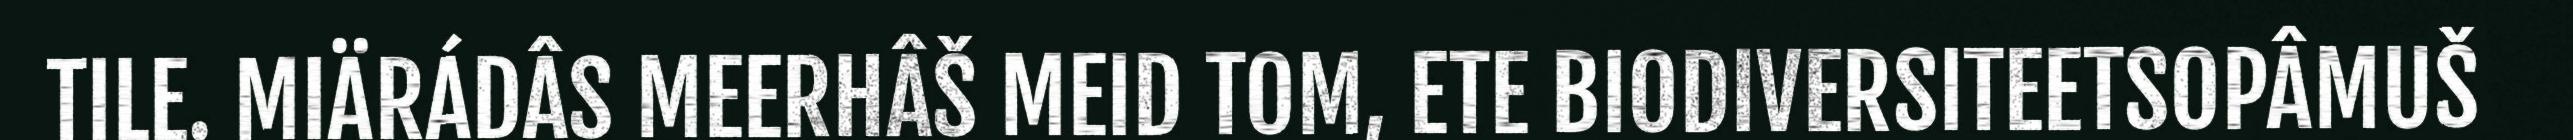
TILE. MIÄRÁDÂS MEERHÂŠ MEID TOM, ETE BIODIVERSITEETSOPÂMUŠ